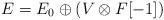
LaTeX: \begin{align*}E=E_0 \oplus (V \otimes F[-1])\end{align*}